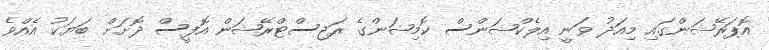
އޮޕަރޭޝަންގައި މިއަދު ވަނީ އިލެކްޝަންސް ކޮމިޝަންގެ ރަޖިސްޓްރޭޝަން އޮފީސް ދޮށަށް ބަޔަކު އެއްވެ